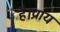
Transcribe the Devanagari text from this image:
है।प्राय